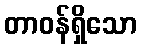
တာဝန်ရှိသော